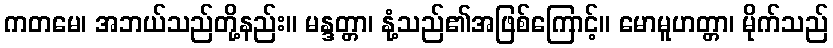
ကတမေ၊ အဘယ်သည်တို့နည်း။ မန္ဒတ္တာ၊ နုံ့သည်၏အဖြစ်ကြောင့်။ မောမူဟတ္တာ၊ မိုက်သည်